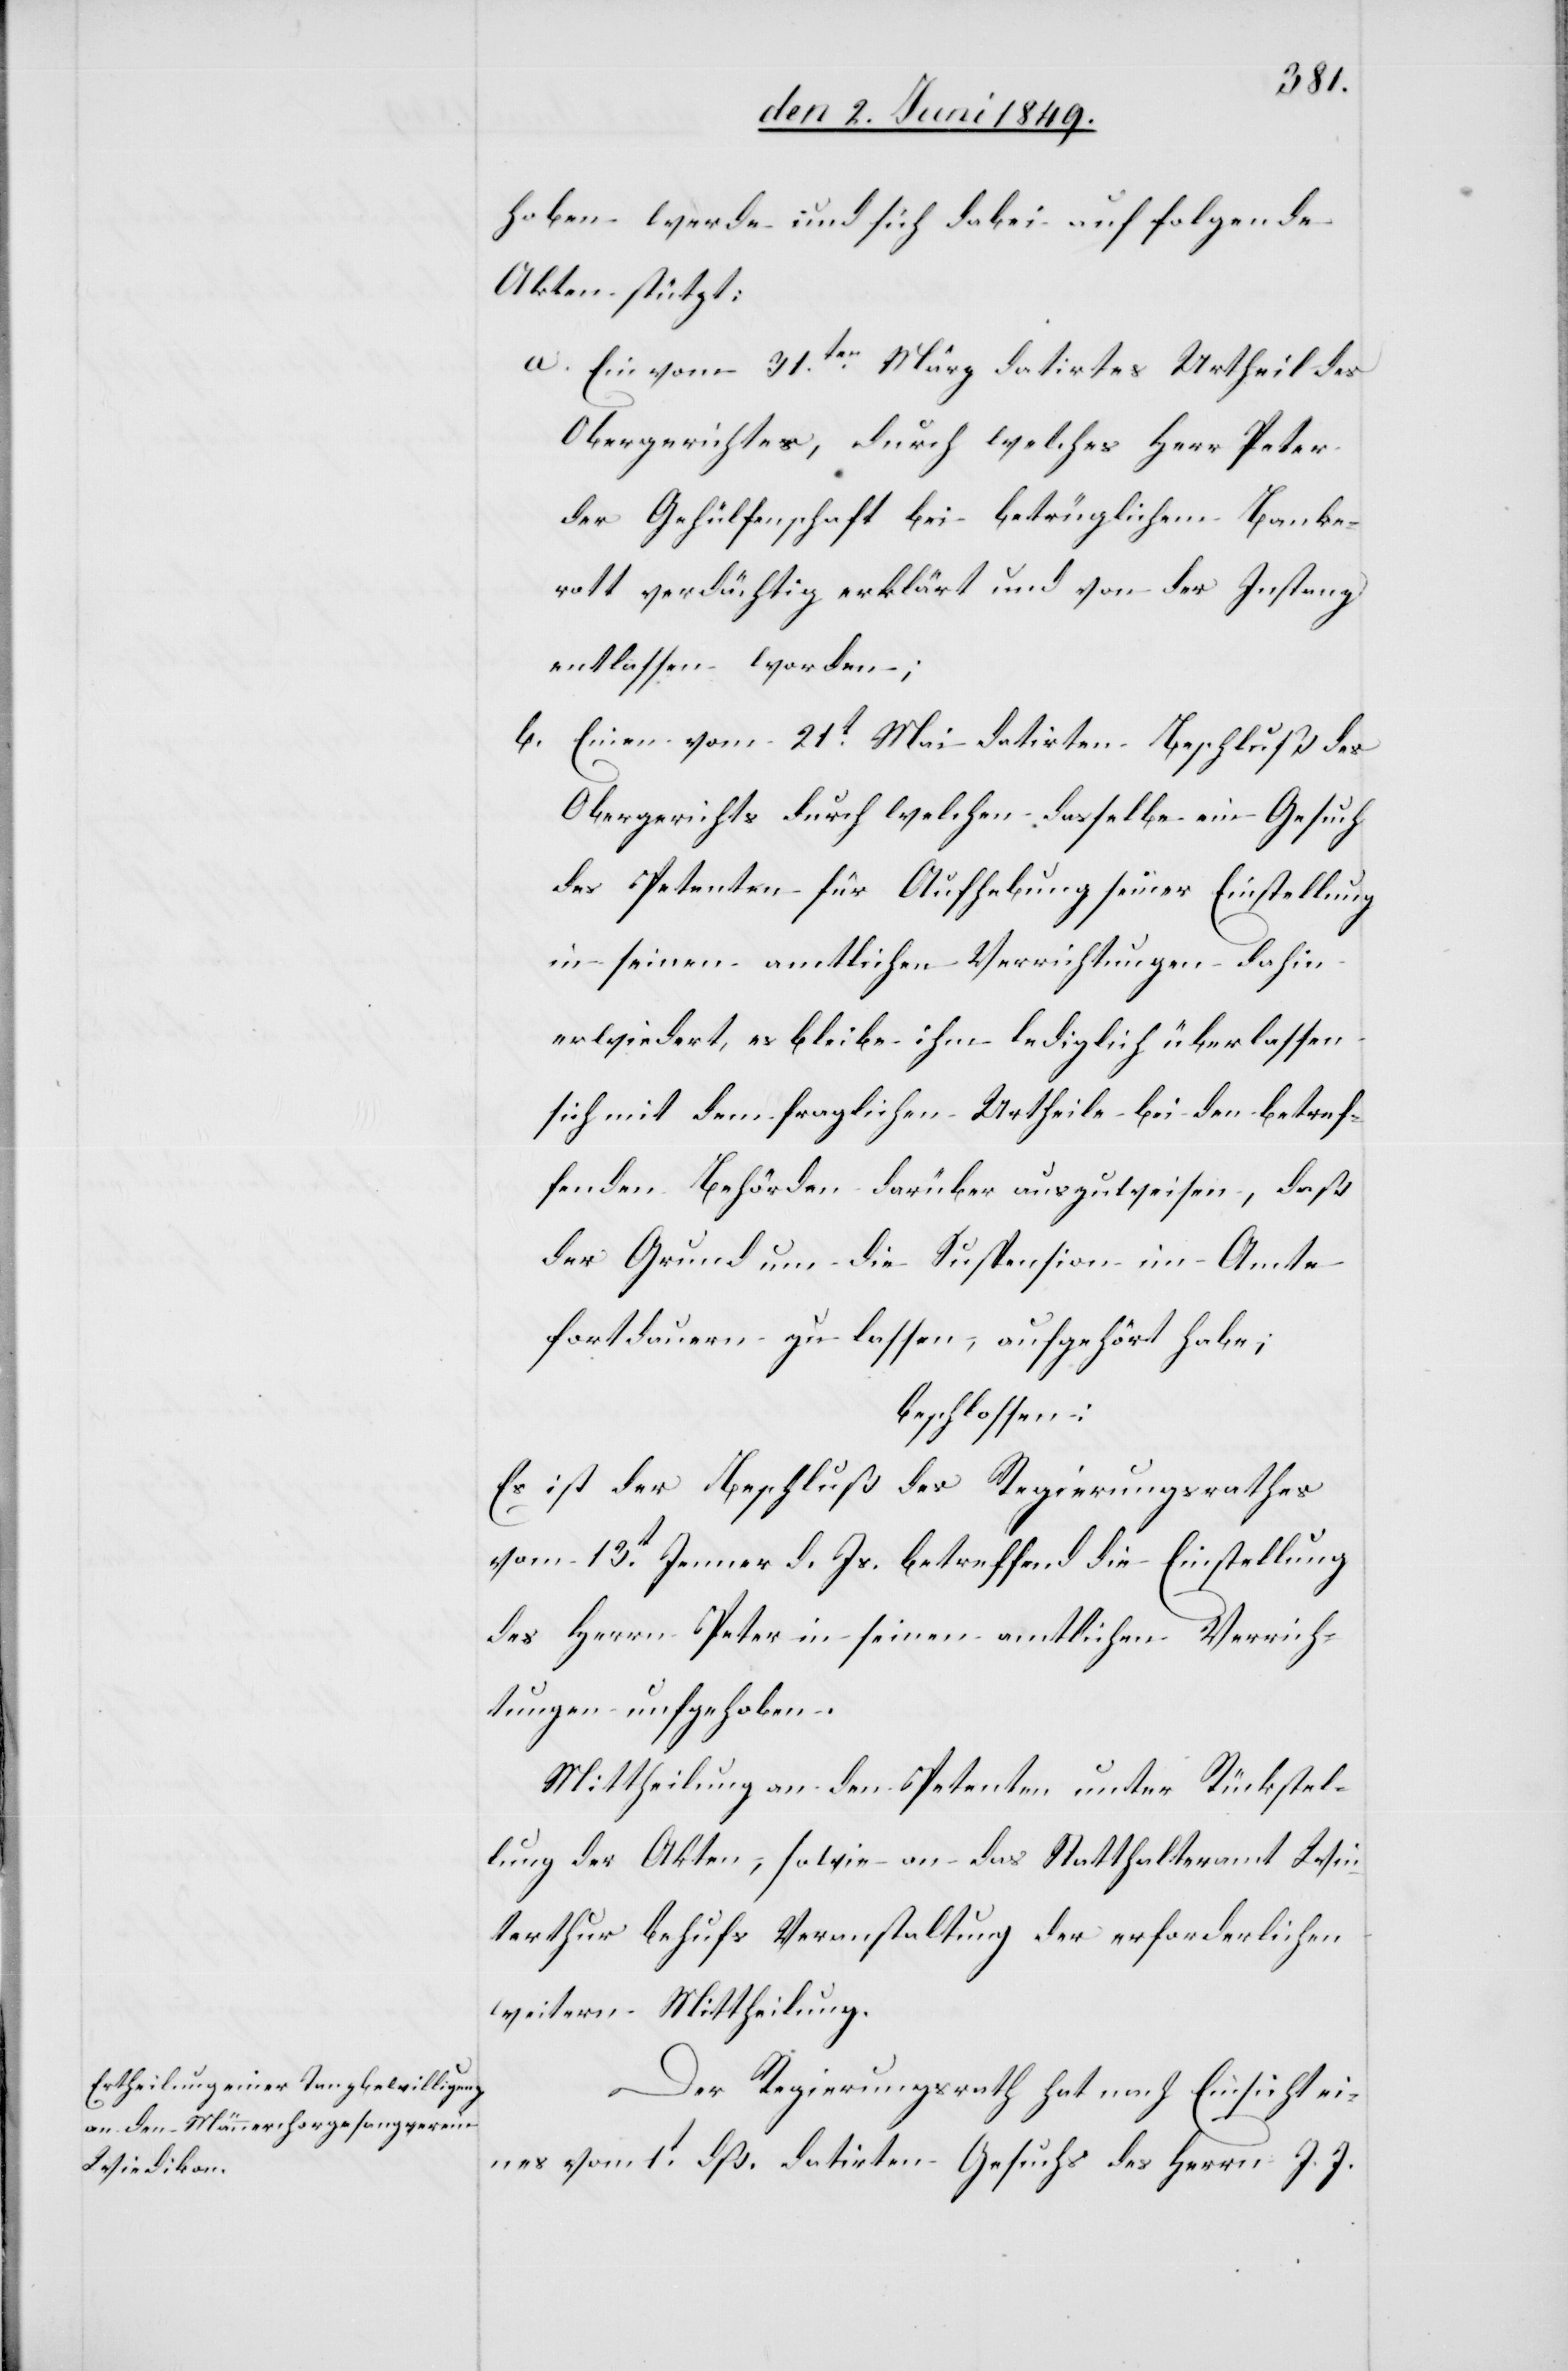
hoben werde und sich dabei auf folgende
Akten stützt:
a. Ein vom 31ten März datirtes Urtheil des
Obergerichtes, durch welches Herr Peter
der Gehülfenschaft bei betrüglichem Banke¬
rott verdächtig erklärt und von der Instanz
entlassen worden;
b. Einen vom 21t Mai datirten Beschluß des
Obergerichts durch welchen dasselbe ein Gesuch
des Petenten für Aufhebung seiner Einstellung
in seinen amtlichen Verrichtungen dahin
erwiedert, es bleibe ihm lediglich überlassen
sich mit dem fraglichen Urtheile bei den betref¬
fenden Behörden darüber auszuweisen, daß
der Grund um die Suspension im Amte
fortdauern zu lassen, aufgehört habe;
beschlossen:
Es ist der Beschluß des Regierungsrathes
vom 13t Jenner d. Js. betreffend die Einstellung
des Herrn Peter in seinen amtlichen Verrich¬
tungen aufgehoben.
Mittheilung an den Petenten unter Rückstel¬
lung der Akten; sowie an das Statthalteramt Win¬
terthur behufs Veranstaltung der erforderlichen
weitern Mittheilung.
Der Regierungsrath hat nach Einsicht ei¬
nes vom 1t dß. datirten Gesuchs des Herrn J. J.